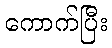
ကောက်ပြီး